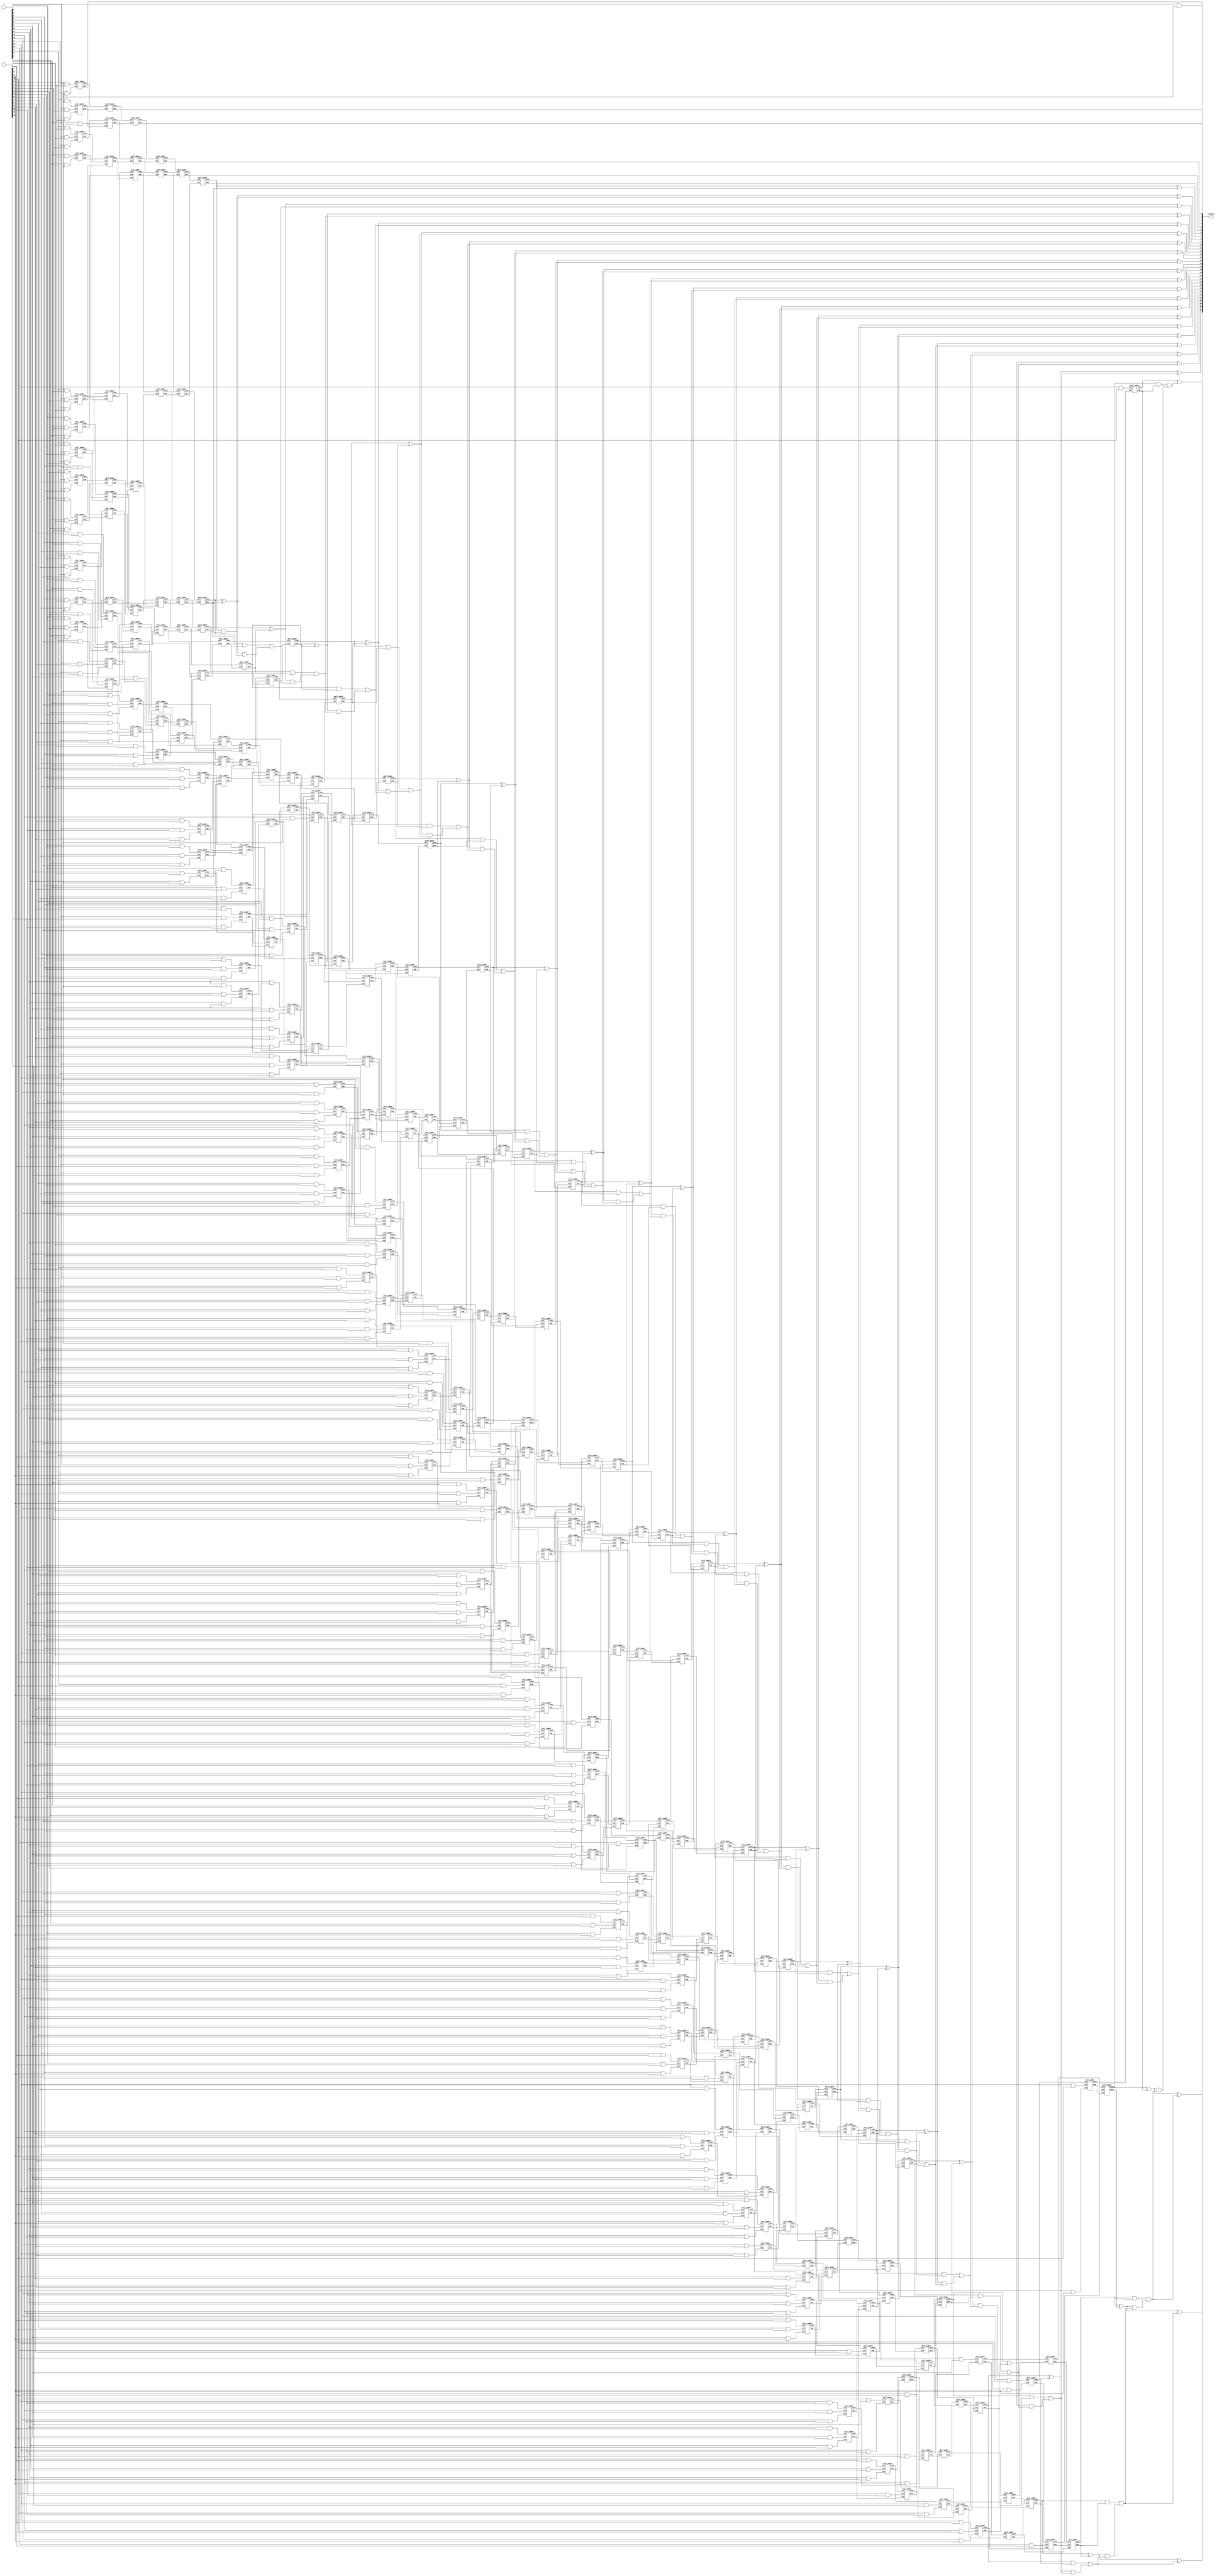
module wallace_unsigned_multiplier_CLA_16(product, A, B);
    input [15:0] A, B;
    output [31:0] product;

wire [15:0] pp0, pp1, pp2, pp3, pp4, pp5, pp6, pp7, pp8, pp9, pp10, pp11, pp12, pp13, pp14, pp15;

assign pp0[0] = A[0] & B[0];
assign pp0[1] = A[0] & B[1];
assign pp0[2] = A[0] & B[2];
assign pp0[3] = A[0] & B[3];
assign pp0[4] = A[0] & B[4];
assign pp0[5] = A[0] & B[5];
assign pp0[6] = A[0] & B[6];
assign pp0[7] = A[0] & B[7];
assign pp0[8] = A[0] & B[8];
assign pp0[9] = A[0] & B[9];
assign pp0[10] = A[0] & B[10];
assign pp0[11] = A[0] & B[11];
assign pp0[12] = A[0] & B[12];
assign pp0[13] = A[0] & B[13];
assign pp0[14] = A[0] & B[14];
assign pp0[15] = A[0] & B[15];
assign pp1[0] = A[1] & B[0];
assign pp1[1] = A[1] & B[1];
assign pp1[2] = A[1] & B[2];
assign pp1[3] = A[1] & B[3];
assign pp1[4] = A[1] & B[4];
assign pp1[5] = A[1] & B[5];
assign pp1[6] = A[1] & B[6];
assign pp1[7] = A[1] & B[7];
assign pp1[8] = A[1] & B[8];
assign pp1[9] = A[1] & B[9];
assign pp1[10] = A[1] & B[10];
assign pp1[11] = A[1] & B[11];
assign pp1[12] = A[1] & B[12];
assign pp1[13] = A[1] & B[13];
assign pp1[14] = A[1] & B[14];
assign pp1[15] = A[1] & B[15];
assign pp2[0] = A[2] & B[0];
assign pp2[1] = A[2] & B[1];
assign pp2[2] = A[2] & B[2];
assign pp2[3] = A[2] & B[3];
assign pp2[4] = A[2] & B[4];
assign pp2[5] = A[2] & B[5];
assign pp2[6] = A[2] & B[6];
assign pp2[7] = A[2] & B[7];
assign pp2[8] = A[2] & B[8];
assign pp2[9] = A[2] & B[9];
assign pp2[10] = A[2] & B[10];
assign pp2[11] = A[2] & B[11];
assign pp2[12] = A[2] & B[12];
assign pp2[13] = A[2] & B[13];
assign pp2[14] = A[2] & B[14];
assign pp2[15] = A[2] & B[15];
assign pp3[0] = A[3] & B[0];
assign pp3[1] = A[3] & B[1];
assign pp3[2] = A[3] & B[2];
assign pp3[3] = A[3] & B[3];
assign pp3[4] = A[3] & B[4];
assign pp3[5] = A[3] & B[5];
assign pp3[6] = A[3] & B[6];
assign pp3[7] = A[3] & B[7];
assign pp3[8] = A[3] & B[8];
assign pp3[9] = A[3] & B[9];
assign pp3[10] = A[3] & B[10];
assign pp3[11] = A[3] & B[11];
assign pp3[12] = A[3] & B[12];
assign pp3[13] = A[3] & B[13];
assign pp3[14] = A[3] & B[14];
assign pp3[15] = A[3] & B[15];
assign pp4[0] = A[4] & B[0];
assign pp4[1] = A[4] & B[1];
assign pp4[2] = A[4] & B[2];
assign pp4[3] = A[4] & B[3];
assign pp4[4] = A[4] & B[4];
assign pp4[5] = A[4] & B[5];
assign pp4[6] = A[4] & B[6];
assign pp4[7] = A[4] & B[7];
assign pp4[8] = A[4] & B[8];
assign pp4[9] = A[4] & B[9];
assign pp4[10] = A[4] & B[10];
assign pp4[11] = A[4] & B[11];
assign pp4[12] = A[4] & B[12];
assign pp4[13] = A[4] & B[13];
assign pp4[14] = A[4] & B[14];
assign pp4[15] = A[4] & B[15];
assign pp5[0] = A[5] & B[0];
assign pp5[1] = A[5] & B[1];
assign pp5[2] = A[5] & B[2];
assign pp5[3] = A[5] & B[3];
assign pp5[4] = A[5] & B[4];
assign pp5[5] = A[5] & B[5];
assign pp5[6] = A[5] & B[6];
assign pp5[7] = A[5] & B[7];
assign pp5[8] = A[5] & B[8];
assign pp5[9] = A[5] & B[9];
assign pp5[10] = A[5] & B[10];
assign pp5[11] = A[5] & B[11];
assign pp5[12] = A[5] & B[12];
assign pp5[13] = A[5] & B[13];
assign pp5[14] = A[5] & B[14];
assign pp5[15] = A[5] & B[15];
assign pp6[0] = A[6] & B[0];
assign pp6[1] = A[6] & B[1];
assign pp6[2] = A[6] & B[2];
assign pp6[3] = A[6] & B[3];
assign pp6[4] = A[6] & B[4];
assign pp6[5] = A[6] & B[5];
assign pp6[6] = A[6] & B[6];
assign pp6[7] = A[6] & B[7];
assign pp6[8] = A[6] & B[8];
assign pp6[9] = A[6] & B[9];
assign pp6[10] = A[6] & B[10];
assign pp6[11] = A[6] & B[11];
assign pp6[12] = A[6] & B[12];
assign pp6[13] = A[6] & B[13];
assign pp6[14] = A[6] & B[14];
assign pp6[15] = A[6] & B[15];
assign pp7[0] = A[7] & B[0];
assign pp7[1] = A[7] & B[1];
assign pp7[2] = A[7] & B[2];
assign pp7[3] = A[7] & B[3];
assign pp7[4] = A[7] & B[4];
assign pp7[5] = A[7] & B[5];
assign pp7[6] = A[7] & B[6];
assign pp7[7] = A[7] & B[7];
assign pp7[8] = A[7] & B[8];
assign pp7[9] = A[7] & B[9];
assign pp7[10] = A[7] & B[10];
assign pp7[11] = A[7] & B[11];
assign pp7[12] = A[7] & B[12];
assign pp7[13] = A[7] & B[13];
assign pp7[14] = A[7] & B[14];
assign pp7[15] = A[7] & B[15];
assign pp8[0] = A[8] & B[0];
assign pp8[1] = A[8] & B[1];
assign pp8[2] = A[8] & B[2];
assign pp8[3] = A[8] & B[3];
assign pp8[4] = A[8] & B[4];
assign pp8[5] = A[8] & B[5];
assign pp8[6] = A[8] & B[6];
assign pp8[7] = A[8] & B[7];
assign pp8[8] = A[8] & B[8];
assign pp8[9] = A[8] & B[9];
assign pp8[10] = A[8] & B[10];
assign pp8[11] = A[8] & B[11];
assign pp8[12] = A[8] & B[12];
assign pp8[13] = A[8] & B[13];
assign pp8[14] = A[8] & B[14];
assign pp8[15] = A[8] & B[15];
assign pp9[0] = A[9] & B[0];
assign pp9[1] = A[9] & B[1];
assign pp9[2] = A[9] & B[2];
assign pp9[3] = A[9] & B[3];
assign pp9[4] = A[9] & B[4];
assign pp9[5] = A[9] & B[5];
assign pp9[6] = A[9] & B[6];
assign pp9[7] = A[9] & B[7];
assign pp9[8] = A[9] & B[8];
assign pp9[9] = A[9] & B[9];
assign pp9[10] = A[9] & B[10];
assign pp9[11] = A[9] & B[11];
assign pp9[12] = A[9] & B[12];
assign pp9[13] = A[9] & B[13];
assign pp9[14] = A[9] & B[14];
assign pp9[15] = A[9] & B[15];
assign pp10[0] = A[10] & B[0];
assign pp10[1] = A[10] & B[1];
assign pp10[2] = A[10] & B[2];
assign pp10[3] = A[10] & B[3];
assign pp10[4] = A[10] & B[4];
assign pp10[5] = A[10] & B[5];
assign pp10[6] = A[10] & B[6];
assign pp10[7] = A[10] & B[7];
assign pp10[8] = A[10] & B[8];
assign pp10[9] = A[10] & B[9];
assign pp10[10] = A[10] & B[10];
assign pp10[11] = A[10] & B[11];
assign pp10[12] = A[10] & B[12];
assign pp10[13] = A[10] & B[13];
assign pp10[14] = A[10] & B[14];
assign pp10[15] = A[10] & B[15];
assign pp11[0] = A[11] & B[0];
assign pp11[1] = A[11] & B[1];
assign pp11[2] = A[11] & B[2];
assign pp11[3] = A[11] & B[3];
assign pp11[4] = A[11] & B[4];
assign pp11[5] = A[11] & B[5];
assign pp11[6] = A[11] & B[6];
assign pp11[7] = A[11] & B[7];
assign pp11[8] = A[11] & B[8];
assign pp11[9] = A[11] & B[9];
assign pp11[10] = A[11] & B[10];
assign pp11[11] = A[11] & B[11];
assign pp11[12] = A[11] & B[12];
assign pp11[13] = A[11] & B[13];
assign pp11[14] = A[11] & B[14];
assign pp11[15] = A[11] & B[15];
assign pp12[0] = A[12] & B[0];
assign pp12[1] = A[12] & B[1];
assign pp12[2] = A[12] & B[2];
assign pp12[3] = A[12] & B[3];
assign pp12[4] = A[12] & B[4];
assign pp12[5] = A[12] & B[5];
assign pp12[6] = A[12] & B[6];
assign pp12[7] = A[12] & B[7];
assign pp12[8] = A[12] & B[8];
assign pp12[9] = A[12] & B[9];
assign pp12[10] = A[12] & B[10];
assign pp12[11] = A[12] & B[11];
assign pp12[12] = A[12] & B[12];
assign pp12[13] = A[12] & B[13];
assign pp12[14] = A[12] & B[14];
assign pp12[15] = A[12] & B[15];
assign pp13[0] = A[13] & B[0];
assign pp13[1] = A[13] & B[1];
assign pp13[2] = A[13] & B[2];
assign pp13[3] = A[13] & B[3];
assign pp13[4] = A[13] & B[4];
assign pp13[5] = A[13] & B[5];
assign pp13[6] = A[13] & B[6];
assign pp13[7] = A[13] & B[7];
assign pp13[8] = A[13] & B[8];
assign pp13[9] = A[13] & B[9];
assign pp13[10] = A[13] & B[10];
assign pp13[11] = A[13] & B[11];
assign pp13[12] = A[13] & B[12];
assign pp13[13] = A[13] & B[13];
assign pp13[14] = A[13] & B[14];
assign pp13[15] = A[13] & B[15];
assign pp14[0] = A[14] & B[0];
assign pp14[1] = A[14] & B[1];
assign pp14[2] = A[14] & B[2];
assign pp14[3] = A[14] & B[3];
assign pp14[4] = A[14] & B[4];
assign pp14[5] = A[14] & B[5];
assign pp14[6] = A[14] & B[6];
assign pp14[7] = A[14] & B[7];
assign pp14[8] = A[14] & B[8];
assign pp14[9] = A[14] & B[9];
assign pp14[10] = A[14] & B[10];
assign pp14[11] = A[14] & B[11];
assign pp14[12] = A[14] & B[12];
assign pp14[13] = A[14] & B[13];
assign pp14[14] = A[14] & B[14];
assign pp14[15] = A[14] & B[15];
assign pp15[0] = A[15] & B[0];
assign pp15[1] = A[15] & B[1];
assign pp15[2] = A[15] & B[2];
assign pp15[3] = A[15] & B[3];
assign pp15[4] = A[15] & B[4];
assign pp15[5] = A[15] & B[5];
assign pp15[6] = A[15] & B[6];
assign pp15[7] = A[15] & B[7];
assign pp15[8] = A[15] & B[8];
assign pp15[9] = A[15] & B[9];
assign pp15[10] = A[15] & B[10];
assign pp15[11] = A[15] & B[11];
assign pp15[12] = A[15] & B[12];
assign pp15[13] = A[15] & B[13];
assign pp15[14] = A[15] & B[14];
assign pp15[15] = A[15] & B[15];

wire [276:0] S;
wire [276:0] Cout;

Half_Adder HA1 (pp0[1], pp1[0], S[0], Cout[0]);
Full_Adder FA2 (pp0[2], pp1[1], pp2[0], S[1], Cout[1]);
Full_Adder FA3 (pp0[3], pp1[2], pp2[1], S[2], Cout[2]);
Full_Adder FA4 (pp0[4], pp1[3], pp2[2], S[3], Cout[3]);
Half_Adder HA5 (pp3[1], pp4[0], S[4], Cout[4]);
Full_Adder FA6 (pp0[5], pp1[4], pp2[3], S[5], Cout[5]);
Full_Adder FA7 (pp3[2], pp4[1], pp5[0], S[6], Cout[6]);
Full_Adder FA8 (pp0[6], pp1[5], pp2[4], S[7], Cout[7]);
Full_Adder FA9 (pp3[3], pp4[2], pp5[1], S[8], Cout[8]);
Full_Adder FA10 (pp0[7], pp1[6], pp2[5], S[9], Cout[9]);
Full_Adder FA11 (pp3[4], pp4[3], pp5[2], S[10], Cout[10]);
Half_Adder HA12 (pp6[1], pp7[0], S[11], Cout[11]);
Full_Adder FA13 (pp0[8], pp1[7], pp2[6], S[12], Cout[12]);
Full_Adder FA14 (pp3[5], pp4[4], pp5[3], S[13], Cout[13]);
Full_Adder FA15 (pp6[2], pp7[1], pp8[0], S[14], Cout[14]);
Full_Adder FA16 (pp0[9], pp1[8], pp2[7], S[15], Cout[15]);
Full_Adder FA17 (pp3[6], pp4[5], pp5[4], S[16], Cout[16]);
Full_Adder FA18 (pp6[3], pp7[2], pp8[1], S[17], Cout[17]);
Full_Adder FA19 (pp0[10], pp1[9], pp2[8], S[18], Cout[18]);
Full_Adder FA20 (pp3[7], pp4[6], pp5[5], S[19], Cout[19]);
Full_Adder FA21 (pp6[4], pp7[3], pp8[2], S[20], Cout[20]);
Half_Adder HA22 (pp9[1], pp10[0], S[21], Cout[21]);
Full_Adder FA23 (pp0[11], pp1[10], pp2[9], S[22], Cout[22]);
Full_Adder FA24 (pp3[8], pp4[7], pp5[6], S[23], Cout[23]);
Full_Adder FA25 (pp6[5], pp7[4], pp8[3], S[24], Cout[24]);
Full_Adder FA26 (pp9[2], pp10[1], pp11[0], S[25], Cout[25]);
Full_Adder FA27 (pp0[12], pp1[11], pp2[10], S[26], Cout[26]);
Full_Adder FA28 (pp3[9], pp4[8], pp5[7], S[27], Cout[27]);
Full_Adder FA29 (pp6[6], pp7[5], pp8[4], S[28], Cout[28]);
Full_Adder FA30 (pp9[3], pp10[2], pp11[1], S[29], Cout[29]);
Full_Adder FA31 (pp0[13], pp1[12], pp2[11], S[30], Cout[30]);
Full_Adder FA32 (pp3[10], pp4[9], pp5[8], S[31], Cout[31]);
Full_Adder FA33 (pp6[7], pp7[6], pp8[5], S[32], Cout[32]);
Full_Adder FA34 (pp9[4], pp10[3], pp11[2], S[33], Cout[33]);
Half_Adder HA35 (pp12[1], pp13[0], S[34], Cout[34]);
Full_Adder FA36 (pp0[14], pp1[13], pp2[12], S[35], Cout[35]);
Full_Adder FA37 (pp3[11], pp4[10], pp5[9], S[36], Cout[36]);
Full_Adder FA38 (pp6[8], pp7[7], pp8[6], S[37], Cout[37]);
Full_Adder FA39 (pp9[5], pp10[4], pp11[3], S[38], Cout[38]);
Full_Adder FA40 (pp12[2], pp13[1], pp14[0], S[39], Cout[39]);
Full_Adder FA41 (pp0[15], pp1[14], pp2[13], S[40], Cout[40]);
Full_Adder FA42 (pp3[12], pp4[11], pp5[10], S[41], Cout[41]);
Full_Adder FA43 (pp6[9], pp7[8], pp8[7], S[42], Cout[42]);
Full_Adder FA44 (pp9[6], pp10[5], pp11[4], S[43], Cout[43]);
Full_Adder FA45 (pp12[3], pp13[2], pp14[1], S[44], Cout[44]);
Full_Adder FA46 (pp1[15], pp2[14], pp3[13], S[45], Cout[45]);
Full_Adder FA47 (pp4[12], pp5[11], pp6[10], S[46], Cout[46]);
Full_Adder FA48 (pp7[9], pp8[8], pp9[7], S[47], Cout[47]);
Full_Adder FA49 (pp10[6], pp11[5], pp12[4], S[48], Cout[48]);
Half_Adder HA50 (pp13[3], pp14[2], S[49], Cout[49]);
Full_Adder FA51 (pp2[15], pp3[14], pp4[13], S[50], Cout[50]);
Full_Adder FA52 (pp5[12], pp6[11], pp7[10], S[51], Cout[51]);
Full_Adder FA53 (pp8[9], pp9[8], pp10[7], S[52], Cout[52]);
Full_Adder FA54 (pp11[6], pp12[5], pp13[4], S[53], Cout[53]);
Full_Adder FA55 (pp3[15], pp4[14], pp5[13], S[54], Cout[54]);
Full_Adder FA56 (pp6[12], pp7[11], pp8[10], S[55], Cout[55]);
Full_Adder FA57 (pp9[9], pp10[8], pp11[7], S[56], Cout[56]);
Full_Adder FA58 (pp12[6], pp13[5], pp14[4], S[57], Cout[57]);
Full_Adder FA59 (pp4[15], pp5[14], pp6[13], S[58], Cout[58]);
Full_Adder FA60 (pp7[12], pp8[11], pp9[10], S[59], Cout[59]);
Full_Adder FA61 (pp10[9], pp11[8], pp12[7], S[60], Cout[60]);
Half_Adder HA62 (pp13[6], pp14[5], S[61], Cout[61]);
Full_Adder FA63 (pp5[15], pp6[14], pp7[13], S[62], Cout[62]);
Full_Adder FA64 (pp8[12], pp9[11], pp10[10], S[63], Cout[63]);
Full_Adder FA65 (pp11[9], pp12[8], pp13[7], S[64], Cout[64]);
Full_Adder FA66 (pp6[15], pp7[14], pp8[13], S[65], Cout[65]);
Full_Adder FA67 (pp9[12], pp10[11], pp11[10], S[66], Cout[66]);
Full_Adder FA68 (pp12[9], pp13[8], pp14[7], S[67], Cout[67]);
Full_Adder FA69 (pp7[15], pp8[14], pp9[13], S[68], Cout[68]);
Full_Adder FA70 (pp10[12], pp11[11], pp12[10], S[69], Cout[69]);
Half_Adder HA71 (pp13[9], pp14[8], S[70], Cout[70]);
Full_Adder FA72 (pp8[15], pp9[14], pp10[13], S[71], Cout[71]);
Full_Adder FA73 (pp11[12], pp12[11], pp13[10], S[72], Cout[72]);
Full_Adder FA74 (pp9[15], pp10[14], pp11[13], S[73], Cout[73]);
Full_Adder FA75 (pp12[12], pp13[11], pp14[10], S[74], Cout[74]);
Full_Adder FA76 (pp10[15], pp11[14], pp12[13], S[75], Cout[75]);
Half_Adder HA77 (pp13[12], pp14[11], S[76], Cout[76]);
Full_Adder FA78 (pp11[15], pp12[14], pp13[13], S[77], Cout[77]);
Full_Adder FA79 (pp12[15], pp13[14], pp14[13], S[78], Cout[78]);
Half_Adder HA80 (pp13[15], pp14[14], S[79], Cout[79]);
Half_Adder HA81 (Cout[0], S[1], S[80], Cout[80]);
Full_Adder FA82 (pp3[0], Cout[1], S[2], S[81], Cout[81]);
Full_Adder FA83 (Cout[2], S[3], S[4], S[82], Cout[82]);
Full_Adder FA84 (Cout[3], Cout[4], S[5], S[83], Cout[83]);
Full_Adder FA85 (pp6[0], Cout[5], Cout[6], S[84], Cout[84]);
Half_Adder HA86 (S[7], S[8], S[85], Cout[85]);
Full_Adder FA87 (Cout[7], Cout[8], S[9], S[86], Cout[86]);
Half_Adder HA88 (S[10], S[11], S[87], Cout[87]);
Full_Adder FA89 (Cout[9], Cout[10], Cout[11], S[88], Cout[88]);
Full_Adder FA90 (S[12], S[13], S[14], S[89], Cout[89]);
Full_Adder FA91 (pp9[0], Cout[12], Cout[13], S[90], Cout[90]);
Full_Adder FA92 (Cout[14], S[15], S[16], S[91], Cout[91]);
Full_Adder FA93 (Cout[15], Cout[16], Cout[17], S[92], Cout[92]);
Full_Adder FA94 (S[18], S[19], S[20], S[93], Cout[93]);
Full_Adder FA95 (Cout[18], Cout[19], Cout[20], S[94], Cout[94]);
Full_Adder FA96 (Cout[21], S[22], S[23], S[95], Cout[95]);
Half_Adder HA97 (S[24], S[25], S[96], Cout[96]);
Full_Adder FA98 (pp12[0], Cout[22], Cout[23], S[97], Cout[97]);
Full_Adder FA99 (Cout[24], Cout[25], S[26], S[98], Cout[98]);
Full_Adder FA100 (S[27], S[28], S[29], S[99], Cout[99]);
Full_Adder FA101 (Cout[26], Cout[27], Cout[28], S[100], Cout[100]);
Full_Adder FA102 (Cout[29], S[30], S[31], S[101], Cout[101]);
Full_Adder FA103 (S[32], S[33], S[34], S[102], Cout[102]);
Full_Adder FA104 (Cout[30], Cout[31], Cout[32], S[103], Cout[103]);
Full_Adder FA105 (Cout[33], Cout[34], S[35], S[104], Cout[104]);
Full_Adder FA106 (S[36], S[37], S[38], S[105], Cout[105]);
Full_Adder FA107 (pp15[0], Cout[35], Cout[36], S[106], Cout[106]);
Full_Adder FA108 (Cout[37], Cout[38], Cout[39], S[107], Cout[107]);
Full_Adder FA109 (S[40], S[41], S[42], S[108], Cout[108]);
Full_Adder FA110 (pp15[1], Cout[40], Cout[41], S[109], Cout[109]);
Full_Adder FA111 (Cout[42], Cout[43], Cout[44], S[110], Cout[110]);
Full_Adder FA112 (S[45], S[46], S[47], S[111], Cout[111]);
Full_Adder FA113 (pp14[3], pp15[2], Cout[45], S[112], Cout[112]);
Full_Adder FA114 (Cout[46], Cout[47], Cout[48], S[113], Cout[113]);
Full_Adder FA115 (Cout[49], S[50], S[51], S[114], Cout[114]);
Full_Adder FA116 (pp15[3], Cout[50], Cout[51], S[115], Cout[115]);
Full_Adder FA117 (Cout[52], Cout[53], S[54], S[116], Cout[116]);
Full_Adder FA118 (pp15[4], Cout[54], Cout[55], S[117], Cout[117]);
Full_Adder FA119 (Cout[56], Cout[57], S[58], S[118], Cout[118]);
Full_Adder FA120 (pp14[6], pp15[5], Cout[58], S[119], Cout[119]);
Full_Adder FA121 (Cout[59], Cout[60], Cout[61], S[120], Cout[120]);
Full_Adder FA122 (pp15[6], Cout[62], Cout[63], S[121], Cout[121]);
Half_Adder HA123 (Cout[64], S[65], S[122], Cout[122]);
Full_Adder FA124 (pp15[7], Cout[65], Cout[66], S[123], Cout[123]);
Half_Adder HA125 (Cout[67], S[68], S[124], Cout[124]);
Full_Adder FA126 (pp14[9], pp15[8], Cout[68], S[125], Cout[125]);
Half_Adder HA127 (Cout[69], Cout[70], S[126], Cout[126]);
Full_Adder FA128 (pp15[9], Cout[71], Cout[72], S[127], Cout[127]);
Full_Adder FA129 (pp15[10], Cout[73], Cout[74], S[128], Cout[128]);
Full_Adder FA130 (pp14[12], pp15[11], Cout[75], S[129], Cout[129]);
Half_Adder HA131 (Cout[80], S[81], S[130], Cout[130]);
Half_Adder HA132 (Cout[81], S[82], S[131], Cout[131]);
Full_Adder FA133 (S[6], Cout[82], S[83], S[132], Cout[132]);
Full_Adder FA134 (Cout[83], S[84], S[85], S[133], Cout[133]);
Full_Adder FA135 (Cout[84], Cout[85], S[86], S[134], Cout[134]);
Full_Adder FA136 (Cout[86], Cout[87], S[88], S[135], Cout[135]);
Full_Adder FA137 (S[17], Cout[88], Cout[89], S[136], Cout[136]);
Half_Adder HA138 (S[90], S[91], S[137], Cout[137]);
Full_Adder FA139 (S[21], Cout[90], Cout[91], S[138], Cout[138]);
Half_Adder HA140 (S[92], S[93], S[139], Cout[139]);
Full_Adder FA141 (Cout[92], Cout[93], S[94], S[140], Cout[140]);
Half_Adder HA142 (S[95], S[96], S[141], Cout[141]);
Full_Adder FA143 (Cout[94], Cout[95], Cout[96], S[142], Cout[142]);
Full_Adder FA144 (S[97], S[98], S[99], S[143], Cout[143]);
Full_Adder FA145 (Cout[97], Cout[98], Cout[99], S[144], Cout[144]);
Full_Adder FA146 (S[100], S[101], S[102], S[145], Cout[145]);
Full_Adder FA147 (S[39], Cout[100], Cout[101], S[146], Cout[146]);
Full_Adder FA148 (Cout[102], S[103], S[104], S[147], Cout[147]);
Full_Adder FA149 (S[43], S[44], Cout[103], S[148], Cout[148]);
Full_Adder FA150 (Cout[104], Cout[105], S[106], S[149], Cout[149]);
Full_Adder FA151 (S[48], S[49], Cout[106], S[150], Cout[150]);
Full_Adder FA152 (Cout[107], Cout[108], S[109], S[151], Cout[151]);
Full_Adder FA153 (S[52], S[53], Cout[109], S[152], Cout[152]);
Full_Adder FA154 (Cout[110], Cout[111], S[112], S[153], Cout[153]);
Full_Adder FA155 (S[55], S[56], S[57], S[154], Cout[154]);
Full_Adder FA156 (Cout[112], Cout[113], Cout[114], S[155], Cout[155]);
Full_Adder FA157 (S[59], S[60], S[61], S[156], Cout[156]);
Half_Adder HA158 (Cout[115], Cout[116], S[157], Cout[157]);
Full_Adder FA159 (S[62], S[63], S[64], S[158], Cout[158]);
Half_Adder HA160 (Cout[117], Cout[118], S[159], Cout[159]);
Full_Adder FA161 (S[66], S[67], Cout[119], S[160], Cout[160]);
Full_Adder FA162 (S[69], S[70], Cout[121], S[161], Cout[161]);
Full_Adder FA163 (S[71], S[72], Cout[123], S[162], Cout[162]);
Full_Adder FA164 (S[73], S[74], Cout[125], S[163], Cout[163]);
Half_Adder HA165 (S[75], S[76], S[164], Cout[164]);
Half_Adder HA166 (Cout[76], S[77], S[165], Cout[165]);
Half_Adder HA167 (pp15[12], Cout[77], S[166], Cout[166]);
Half_Adder HA168 (Cout[130], S[131], S[167], Cout[167]);
Half_Adder HA169 (Cout[131], S[132], S[168], Cout[168]);
Half_Adder HA170 (Cout[132], S[133], S[169], Cout[169]);
Full_Adder FA171 (S[87], Cout[133], S[134], S[170], Cout[170]);
Full_Adder FA172 (S[89], Cout[134], S[135], S[171], Cout[171]);
Full_Adder FA173 (Cout[135], S[136], S[137], S[172], Cout[172]);
Full_Adder FA174 (Cout[136], Cout[137], S[138], S[173], Cout[173]);
Full_Adder FA175 (Cout[138], Cout[139], S[140], S[174], Cout[174]);
Full_Adder FA176 (Cout[140], Cout[141], S[142], S[175], Cout[175]);
Full_Adder FA177 (Cout[142], Cout[143], S[144], S[176], Cout[176]);
Full_Adder FA178 (S[105], Cout[144], Cout[145], S[177], Cout[177]);
Half_Adder HA179 (S[146], S[147], S[178], Cout[178]);
Full_Adder FA180 (S[107], S[108], Cout[146], S[179], Cout[179]);
Full_Adder FA181 (Cout[147], S[148], S[149], S[180], Cout[180]);
Full_Adder FA182 (S[110], S[111], Cout[148], S[181], Cout[181]);
Full_Adder FA183 (Cout[149], S[150], S[151], S[182], Cout[182]);
Full_Adder FA184 (S[113], S[114], Cout[150], S[183], Cout[183]);
Full_Adder FA185 (Cout[151], S[152], S[153], S[184], Cout[184]);
Full_Adder FA186 (S[115], S[116], Cout[152], S[185], Cout[185]);
Full_Adder FA187 (Cout[153], S[154], S[155], S[186], Cout[186]);
Full_Adder FA188 (S[117], S[118], Cout[154], S[187], Cout[187]);
Full_Adder FA189 (Cout[155], S[156], S[157], S[188], Cout[188]);
Full_Adder FA190 (S[119], S[120], Cout[156], S[189], Cout[189]);
Full_Adder FA191 (Cout[157], S[158], S[159], S[190], Cout[190]);
Full_Adder FA192 (Cout[120], S[121], S[122], S[191], Cout[191]);
Full_Adder FA193 (Cout[158], Cout[159], S[160], S[192], Cout[192]);
Full_Adder FA194 (Cout[122], S[123], S[124], S[193], Cout[193]);
Half_Adder HA195 (Cout[160], S[161], S[194], Cout[194]);
Full_Adder FA196 (Cout[124], S[125], S[126], S[195], Cout[195]);
Half_Adder HA197 (Cout[161], S[162], S[196], Cout[196]);
Full_Adder FA198 (Cout[126], S[127], Cout[162], S[197], Cout[197]);
Full_Adder FA199 (Cout[127], S[128], Cout[163], S[198], Cout[198]);
Full_Adder FA200 (Cout[128], S[129], Cout[164], S[199], Cout[199]);
Full_Adder FA201 (S[78], Cout[129], Cout[165], S[200], Cout[200]);
Full_Adder FA202 (pp15[13], Cout[78], S[79], S[201], Cout[201]);
Full_Adder FA203 (pp14[15], pp15[14], Cout[79], S[202], Cout[202]);
Half_Adder HA204 (Cout[167], S[168], S[203], Cout[203]);
Half_Adder HA205 (Cout[168], S[169], S[204], Cout[204]);
Half_Adder HA206 (Cout[169], S[170], S[205], Cout[205]);
Half_Adder HA207 (Cout[170], S[171], S[206], Cout[206]);
Half_Adder HA208 (Cout[171], S[172], S[207], Cout[207]);
Full_Adder FA209 (S[139], Cout[172], S[173], S[208], Cout[208]);
Full_Adder FA210 (S[141], Cout[173], S[174], S[209], Cout[209]);
Full_Adder FA211 (S[143], Cout[174], S[175], S[210], Cout[210]);
Full_Adder FA212 (S[145], Cout[175], S[176], S[211], Cout[211]);
Full_Adder FA213 (Cout[176], S[177], S[178], S[212], Cout[212]);
Full_Adder FA214 (Cout[177], Cout[178], S[179], S[213], Cout[213]);
Full_Adder FA215 (Cout[179], Cout[180], S[181], S[214], Cout[214]);
Full_Adder FA216 (Cout[181], Cout[182], S[183], S[215], Cout[215]);
Full_Adder FA217 (Cout[183], Cout[184], S[185], S[216], Cout[216]);
Full_Adder FA218 (Cout[185], Cout[186], S[187], S[217], Cout[217]);
Full_Adder FA219 (Cout[187], Cout[188], S[189], S[218], Cout[218]);
Full_Adder FA220 (Cout[189], Cout[190], S[191], S[219], Cout[219]);
Full_Adder FA221 (Cout[191], Cout[192], S[193], S[220], Cout[220]);
Full_Adder FA222 (Cout[193], Cout[194], S[195], S[221], Cout[221]);
Full_Adder FA223 (S[163], Cout[195], Cout[196], S[222], Cout[222]);
Half_Adder HA224 (S[164], Cout[197], S[223], Cout[223]);
Half_Adder HA225 (S[165], Cout[198], S[224], Cout[224]);
Half_Adder HA226 (S[166], Cout[199], S[225], Cout[225]);
Half_Adder HA227 (Cout[166], Cout[200], S[226], Cout[226]);
Half_Adder HA228 (Cout[203], S[204], S[227], Cout[227]);
Half_Adder HA229 (Cout[204], S[205], S[228], Cout[228]);
Half_Adder HA230 (Cout[205], S[206], S[229], Cout[229]);
Half_Adder HA231 (Cout[206], S[207], S[230], Cout[230]);
Half_Adder HA232 (Cout[207], S[208], S[231], Cout[231]);
Half_Adder HA233 (Cout[208], S[209], S[232], Cout[232]);
Half_Adder HA234 (Cout[209], S[210], S[233], Cout[233]);
Half_Adder HA235 (Cout[210], S[211], S[234], Cout[234]);
Half_Adder HA236 (Cout[211], S[212], S[235], Cout[235]);
Full_Adder FA237 (S[180], Cout[212], S[213], S[236], Cout[236]);
Full_Adder FA238 (S[182], Cout[213], S[214], S[237], Cout[237]);
Full_Adder FA239 (S[184], Cout[214], S[215], S[238], Cout[238]);
Full_Adder FA240 (S[186], Cout[215], S[216], S[239], Cout[239]);
Full_Adder FA241 (S[188], Cout[216], S[217], S[240], Cout[240]);
Full_Adder FA242 (S[190], Cout[217], S[218], S[241], Cout[241]);
Full_Adder FA243 (S[192], Cout[218], S[219], S[242], Cout[242]);
Full_Adder FA244 (S[194], Cout[219], S[220], S[243], Cout[243]);
Full_Adder FA245 (S[196], Cout[220], S[221], S[244], Cout[244]);
Full_Adder FA246 (S[197], Cout[221], S[222], S[245], Cout[245]);
Full_Adder FA247 (S[198], Cout[222], S[223], S[246], Cout[246]);
Full_Adder FA248 (S[199], Cout[223], S[224], S[247], Cout[247]);
Full_Adder FA249 (S[200], Cout[224], S[225], S[248], Cout[248]);
Full_Adder FA250 (S[201], Cout[225], S[226], S[249], Cout[249]);
Full_Adder FA251 (Cout[201], S[202], Cout[226], S[250], Cout[250]);
Half_Adder HA252 (pp15[15], Cout[202], S[251], Cout[251]);



/* Final Stage */
wire [24:0] G, P, C;
assign G[0]  = Cout[227] & S[228];
assign G[1]  = Cout[228] & S[229];
assign G[2]  = Cout[229] & S[230];
assign G[3]  = Cout[230] & S[231];
assign G[4]  = Cout[231] & S[232];
assign G[5]  = Cout[232] & S[233];
assign G[6]  = Cout[233] & S[234];
assign G[7]  = Cout[234] & S[235];
assign G[8]  = Cout[235] & S[236];
assign G[9]  = Cout[236] & S[237];
assign G[10] = Cout[237] & S[238];
assign G[11] = Cout[238] & S[239];
assign G[12] = Cout[239] & S[240];
assign G[13] = Cout[240] & S[241];
assign G[14] = Cout[241] & S[242];
assign G[15] = Cout[242] & S[243];
assign G[16] = Cout[243] & S[244];
assign G[17] = Cout[244] & S[245];
assign G[18] = Cout[245] & S[246];
assign G[19] = Cout[246] & S[247];
assign G[20] = Cout[247] & S[248];
assign G[21] = Cout[248] & S[249];
assign G[22] = Cout[249] & S[250];
assign G[23] = Cout[250] & S[251];
assign G[24] = Cout[251] & 0;
assign P[0]  = Cout[227] ^ S[228];
assign P[1]  = Cout[228] ^ S[229];
assign P[2]  = Cout[229] ^ S[230];
assign P[3]  = Cout[230] ^ S[231];
assign P[4]  = Cout[231] ^ S[232];
assign P[5]  = Cout[232] ^ S[233];
assign P[6]  = Cout[233] ^ S[234];
assign P[7]  = Cout[234] ^ S[235];
assign P[8]  = Cout[235] ^ S[236];
assign P[9]  = Cout[236] ^ S[237];
assign P[10] = Cout[237] ^ S[238];
assign P[11] = Cout[238] ^ S[239];
assign P[12] = Cout[239] ^ S[240];
assign P[13] = Cout[240] ^ S[241];
assign P[14] = Cout[241] ^ S[242];
assign P[15] = Cout[242] ^ S[243];
assign P[16] = Cout[243] ^ S[244];
assign P[17] = Cout[244] ^ S[245];
assign P[18] = Cout[245] ^ S[246];
assign P[19] = Cout[246] ^ S[247];
assign P[20] = Cout[247] ^ S[248];
assign P[21] = Cout[248] ^ S[249];
assign P[22] = Cout[249] ^ S[250];
assign P[23] = Cout[250] ^ S[251];
assign P[24] = Cout[251] ^ 0;

assign C[0] = 0;
assign C[1] = G[0] | (P[0] & C[0]);
assign C[2] = G[1] | (P[1] & C[1]);
assign C[3] = G[2] | (P[2] & C[2]);
assign C[4] = G[3] | (P[3] & C[3]);
assign C[5] = G[4] | (P[4] & C[4]);
assign C[6] = G[5] | (P[5] & C[5]);
assign C[7] = G[6] | (P[6] & C[6]);
assign C[8] = G[7] | (P[7] & C[7]);
assign C[9] = G[8] | (P[8] & C[8]);
assign C[10] = G[9] | (P[9] & C[9]);
assign C[11] = G[10] | (P[10] & C[10]);
assign C[12] = G[11] | (P[11] & C[11]);
assign C[13] = G[12] | (P[12] & C[12]);
assign C[14] = G[13] | (P[13] & C[13]);
assign C[15] = G[14] | (P[14] & C[14]);
assign C[16] = G[15] | (P[15] & C[15]);
assign C[17] = G[16] | (P[16] & C[16]);
assign C[18] = G[17] | (P[17] & C[17]);
assign C[19] = G[18] | (P[18] & C[18]);
assign C[20] = G[19] | (P[19] & C[19]);
assign C[21] = G[20] | (P[20] & C[20]);
assign C[22] = G[21] | (P[21] & C[21]);
assign C[23] = G[22] | (P[22] & C[22]);
assign C[24] = G[23] | (P[23] & C[23]);
assign cout  = G[24] | (P[24] & C[24]);

assign product[7] = P[0];
assign product[8] = P[1] ^ C[1];
assign product[9] = P[2] ^ C[2];
assign product[10] = P[3] ^ C[3];
assign product[11] = P[4] ^ C[4];
assign product[12] = P[5] ^ C[5];
assign product[13] = P[6] ^ C[6];
assign product[14] = P[7] ^ C[7];
assign product[15] = P[8] ^ C[8];
assign product[16] = P[9] ^ C[9];
assign product[17] = P[10] ^ C[10];
assign product[18] = P[11] ^ C[11];
assign product[19] = P[12] ^ C[12];
assign product[20] = P[13] ^ C[13];
assign product[21] = P[14] ^ C[14];
assign product[22] = P[15] ^ C[15];
assign product[23] = P[16] ^ C[16];
assign product[24] = P[17] ^ C[17];
assign product[25] = P[18] ^ C[18];
assign product[26] = P[19] ^ C[19];
assign product[27] = P[20] ^ C[20];
assign product[28] = P[21] ^ C[21];
assign product[29] = P[22] ^ C[22];
assign product[30] = P[23] ^ C[23];
assign product[31] = P[24] ^ C[24];




assign product[6] = S[227];
assign product[5] = S[203];
assign product[4] = S[167];
assign product[3] = S[130];
assign product[2] = S[80];
assign product[1] = S[0];
assign product[0] = pp0[0];
endmodule

module Half_Adder(input wire in1,
                  input wire in2,
                  output wire sum,
                  output wire cout);
    xor(sum, in1, in2);
    and(cout, in1, in2);
endmodule

module Full_Adder(input wire in1,
                  input wire in2,
                  input wire cin,
                  output wire sum,
                  output wire cout);
    wire temp1;
    wire temp2;
    wire temp3;
    xor(sum, in1, in2, cin);
    and(temp1,in1,in2);
    and(temp2,in1,cin);
    and(temp3,in2,cin);
    or(cout,temp1,temp2,temp3);
endmodule